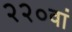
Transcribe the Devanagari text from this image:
२२०वां